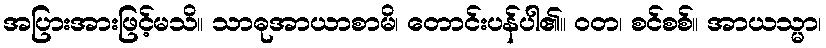
အပြားအားဖြင့်မသိ။ သာဓုအာယာစာမိ၊ တောင်းပန်ပါ၏။ ဝတ၊ စင်စစ်။ အာယသ္မာ၊